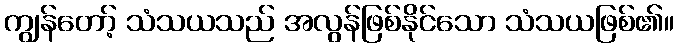
ကျွန်တော့် သံသယသည် အလွန်ဖြစ်နိုင်သော သံသယဖြစ်၏။